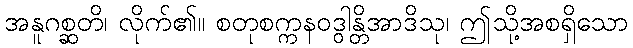
အနူဂစ္ဆတိ၊ လိုက်၏။ စတုစက္ကနဝဒွါန္တိအာဒိသု၊ ဤသို့အစရှိသော